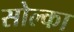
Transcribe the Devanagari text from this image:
सोल्का